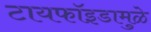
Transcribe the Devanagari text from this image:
टायफॉइडामुळे